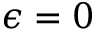
\epsilon = 0